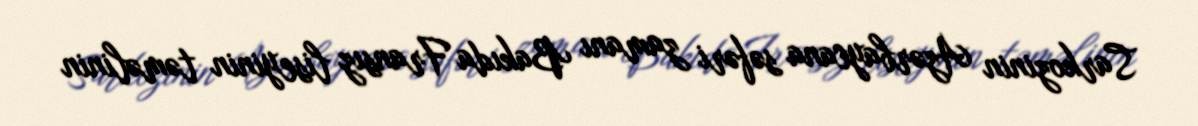
Sarkozinin Azərbaycana səfəri zamanı Bakıda Fransız liseyinin təməlinin